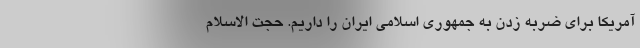
آمریکا برای ضربه زدن به جمهوری اسلامی ایران را داریم. حجت الاسلام